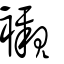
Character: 襯